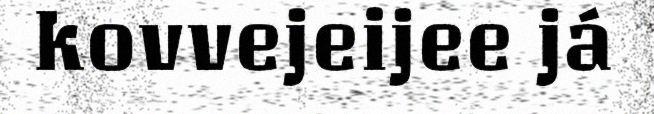
kovvejeijee já